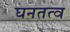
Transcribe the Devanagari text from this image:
घनतत्व